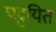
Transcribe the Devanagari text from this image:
पट्टयित